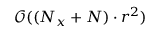
\mathcal { O } ( ( N _ { x } + N ) \cdot r ^ { 2 } )